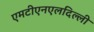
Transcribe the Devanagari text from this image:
एमटीएनएलदिल्ली